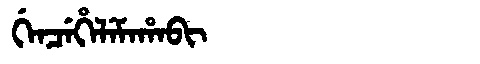
Manchu: ᡤᡝᠨᠴᡝᡥᡝᠯᡝᠮᠠᡥᠠᠪᡳ
Romanization: GENCEHELEMAHABI